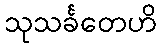
သုသင်္ခတေဟိ